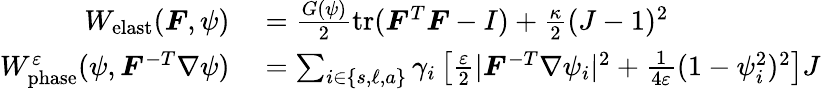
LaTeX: \begin{array}{rl}{W_{\mathrm{elast}}(\boldsymbol{F},\psi)}&{{}=\frac{G(\psi)}{2}\mathrm{tr}(\boldsymbol{F}^{T}\boldsymbol{F}-I)+\frac{\kappa}{2}(J-1)^{2}}\\ {W_{\mathrm{phase}}^{\varepsilon}(\psi,\boldsymbol{F}^{-T}\nabla\psi)}&{{}=\sum_{i\in\{ s,\ell,a\} }\gamma_{i}\left[\frac{\varepsilon}{2}|\boldsymbol{F}^{-T}\nabla\psi_{i}|^{2}+\frac{1}{4\varepsilon}(1-\psi_{i}^{2})^{2}\right]J}\end{array}